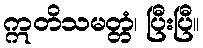
ဣတိသမတ္တံ၊ ပြီးပြီ။